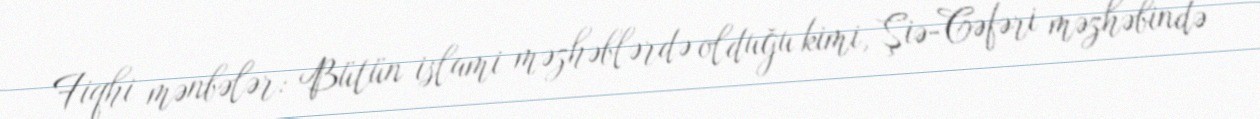
Fiqhi mənbələr: Bütün islami məzhəblərdə olduğu kimi, Şiə-Cəfəri məzhəbində